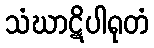
သံဃာဋိပါရုတံ